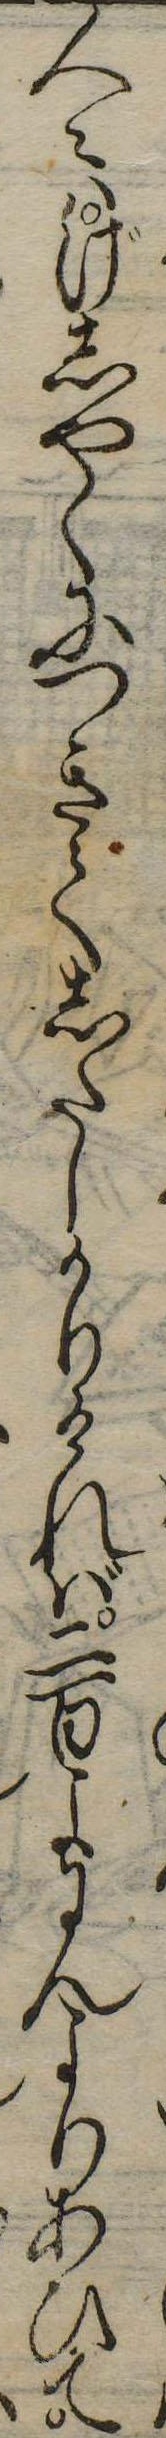
人々はげしやくにつきてしたしかりければ二百よにんよりあひて